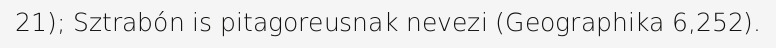
21); Sztrabón is pitagoreusnak nevezi (Geographika 6,252).